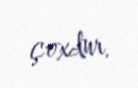
çoxdur.